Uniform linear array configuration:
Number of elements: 4
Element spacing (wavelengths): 0.25
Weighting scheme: cosine
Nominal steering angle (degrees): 30
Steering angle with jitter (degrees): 29.337
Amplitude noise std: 0.05
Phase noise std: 0.05

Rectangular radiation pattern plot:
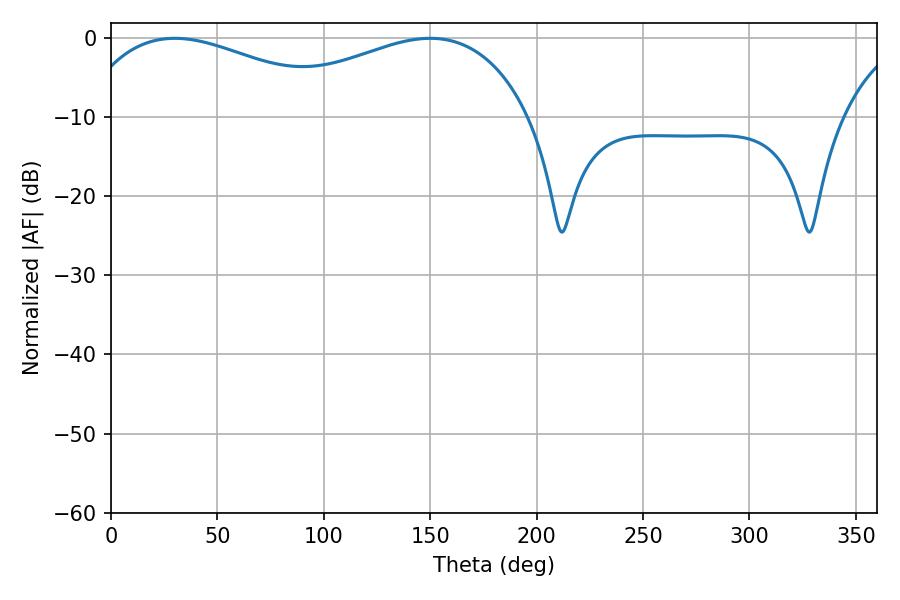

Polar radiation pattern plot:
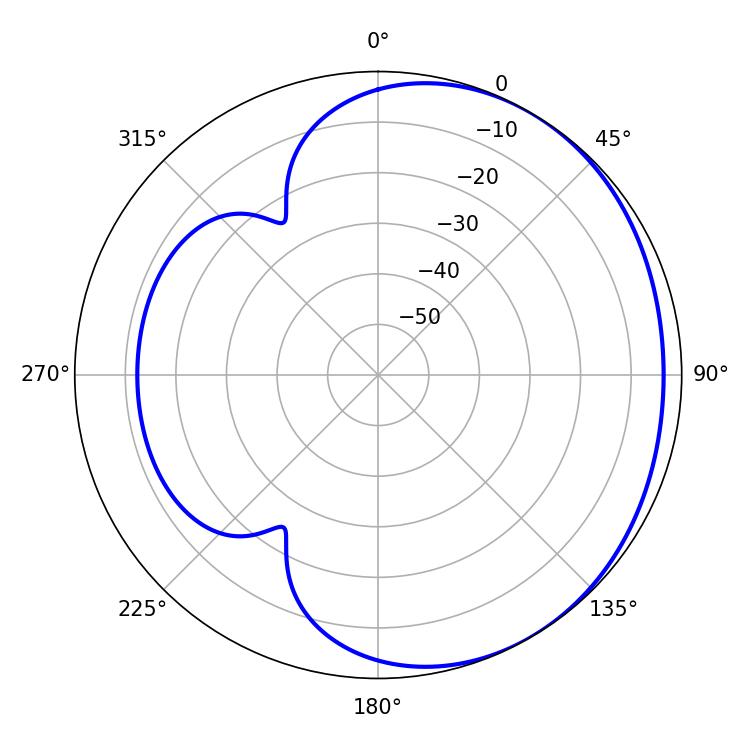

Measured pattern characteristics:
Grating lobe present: FALSE
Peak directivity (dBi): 1.981
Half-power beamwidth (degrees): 72
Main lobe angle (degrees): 30.06